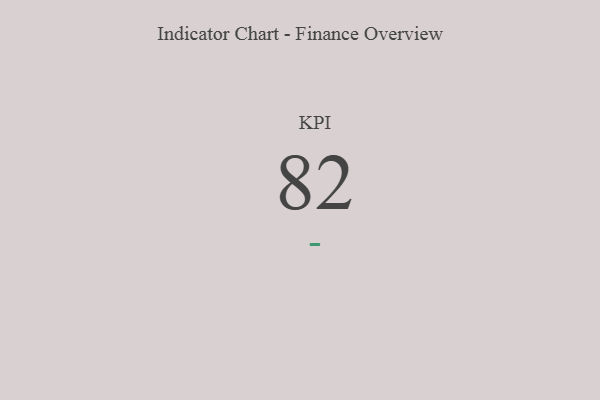
{"axis": {"x": "KPI", "y": "Value"}, "legend": [""], "data": [{"x": "KPI", "y": 82, "type": ""}]}